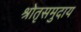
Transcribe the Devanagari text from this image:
श्रोतृसमुदाय